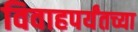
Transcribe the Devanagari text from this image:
विवाहपर्यंतच्या